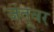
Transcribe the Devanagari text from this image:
जंतूवर